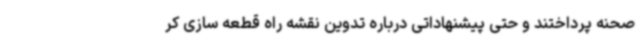
صحنه پرداختند و حتی پیشنهاداتی درباره تدوین نقشه راه قطعه سازی کر